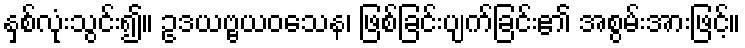
နှစ်လုံးသွင်း၍။ ဥဒယဗ္ဗယဝသေန၊ ဖြစ်ခြင်းပျက်ခြင်း၏ အစွမ်းအားဖြင့်။